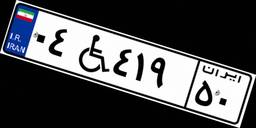
۹۴W۴۹۱۹۵